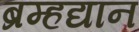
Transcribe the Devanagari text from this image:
ब्रम्हद्यान